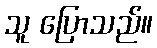
သူ ပြောသည်။